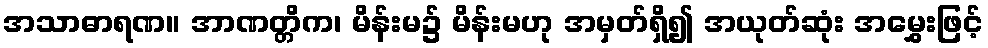
အသာဓာရဏ။ အာဏတ္တိက၊ မိန်းမ၌ မိန်းမဟု အမှတ်ရှိ၍ အယုတ်ဆုံး အမွှေးဖြင့်